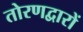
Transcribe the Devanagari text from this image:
तोरणद्वारों